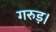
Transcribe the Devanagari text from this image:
गरुड़।